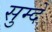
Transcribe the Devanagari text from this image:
सुम्दे